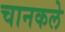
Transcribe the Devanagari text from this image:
चानकले